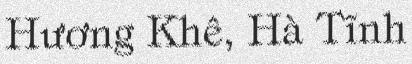
Hương Khê, Hà Tĩnh